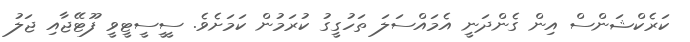
ކަރެކްޝަންސް އިން ގެންދަނީ އެމައްސަލަ ތަހުގީގު ކުރަމުން ކަމަށެވެ. ސީީސީޓީވީ ފޫޓޭޖާއި ޖަލު